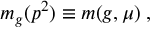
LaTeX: m _ { g } ( p ^ { 2 } ) \equiv m ( g , \mu ) \; ,